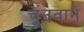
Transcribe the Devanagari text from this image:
चुनवाने